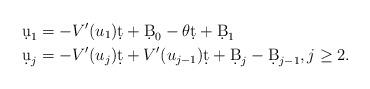
LaTeX: \begin{align*} \d u_1 &= - V' (u_1 ) \d t + \d B_0 - \theta \d t + \d B_1 \\\d u_j &= - V' (u_j ) \d t + V' (u_{j-1} ) \d t + \d B_j - \d B_{j-1} , j \geq 2 .\end{align*}